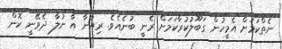
ނެތްކަމަށް އެމީހުން ގަބޫލުކުރާކަމަށް ރެނީ ބުނެއެވެ. ރިއާނާ އާ ނުލާ ދެވޭނީ ކޮން